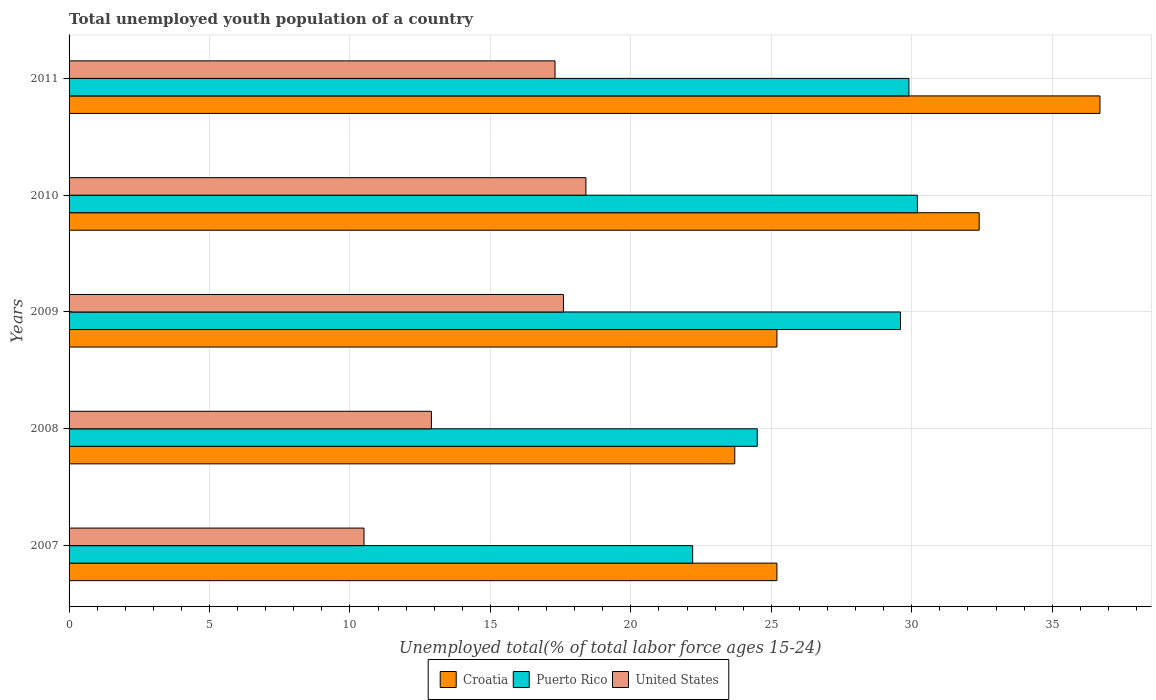
| Years | Croatia | Puerto Rico | United States |
 | --- | --- | --- | --- |
 | 2007 | 25.2 | 22.2 | 10.5 |
 | 2008 | 23.7 | 24.5 | 12.9 |
 | 2009 | 25.2 | 29.6 | 17.6 |
 | 2010 | 32.4 | 30.2 | 18.4 |
 | 2011 | 36.7 | 29.9 | 17.3 |